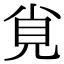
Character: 覍